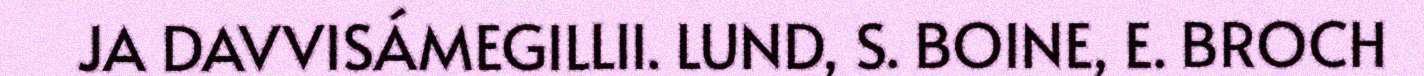
JA DAVVISÁMEGILLII. LUND, S. BOINE, E. BROCH